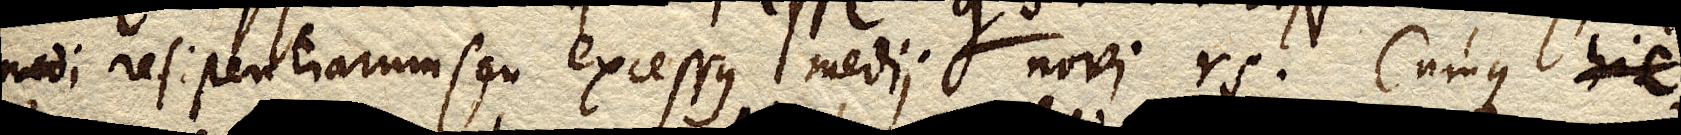
medi resistentiarum seu excessus medii novi rs. Cumque hic